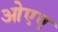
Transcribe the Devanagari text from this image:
ओएए